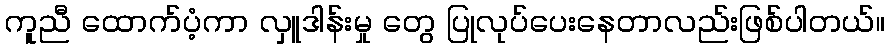
ကူညီ ထောက်ပံ့ကာ လှူဒါန်းမှု တွေ ပြုလုပ်ပေးနေတာလည်းဖြစ်ပါတယ်။